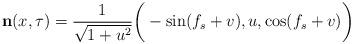
LaTeX: \begin{align*}{\bf n}(x,\tau)=\frac{1}{\sqrt{1+u^2}}\bigg(-\sin(f_s+v), u, \cos(f_s+v)\bigg)\end{align*}